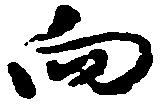
向